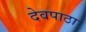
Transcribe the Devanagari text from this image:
देवपाठा